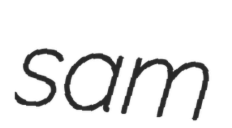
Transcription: sam